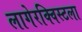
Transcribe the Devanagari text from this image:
लागेरक्विस्टला